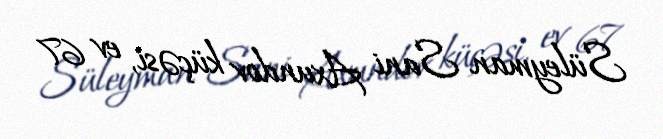
Süleyman Sani Axundov küçəsi, ev 67